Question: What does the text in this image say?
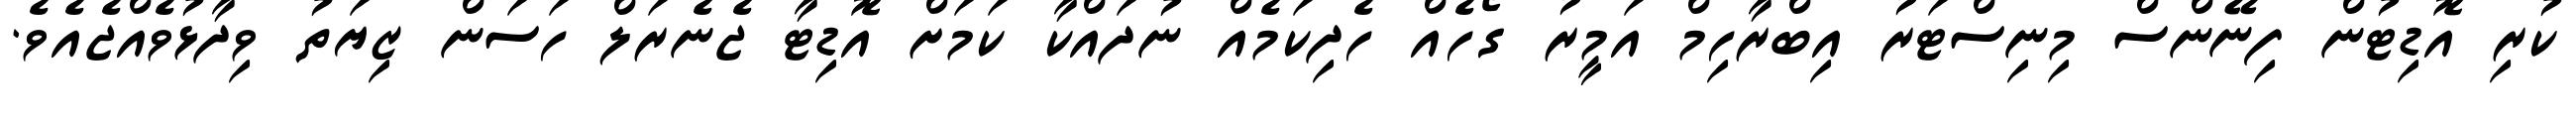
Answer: ކުރި އޮޑިޓުން ފިނޭންސް މިނިސްޓަރު އިބްރާހިމް އަމީރު ގޯހެއް ހެދިކަމެއް ނުދައްކާ ކަމަށް އޮޑިޓާ ޖެނެރަލް ހަސަން ޒިޔަތު ވިދާޅުވެއްޖެއެވެ.